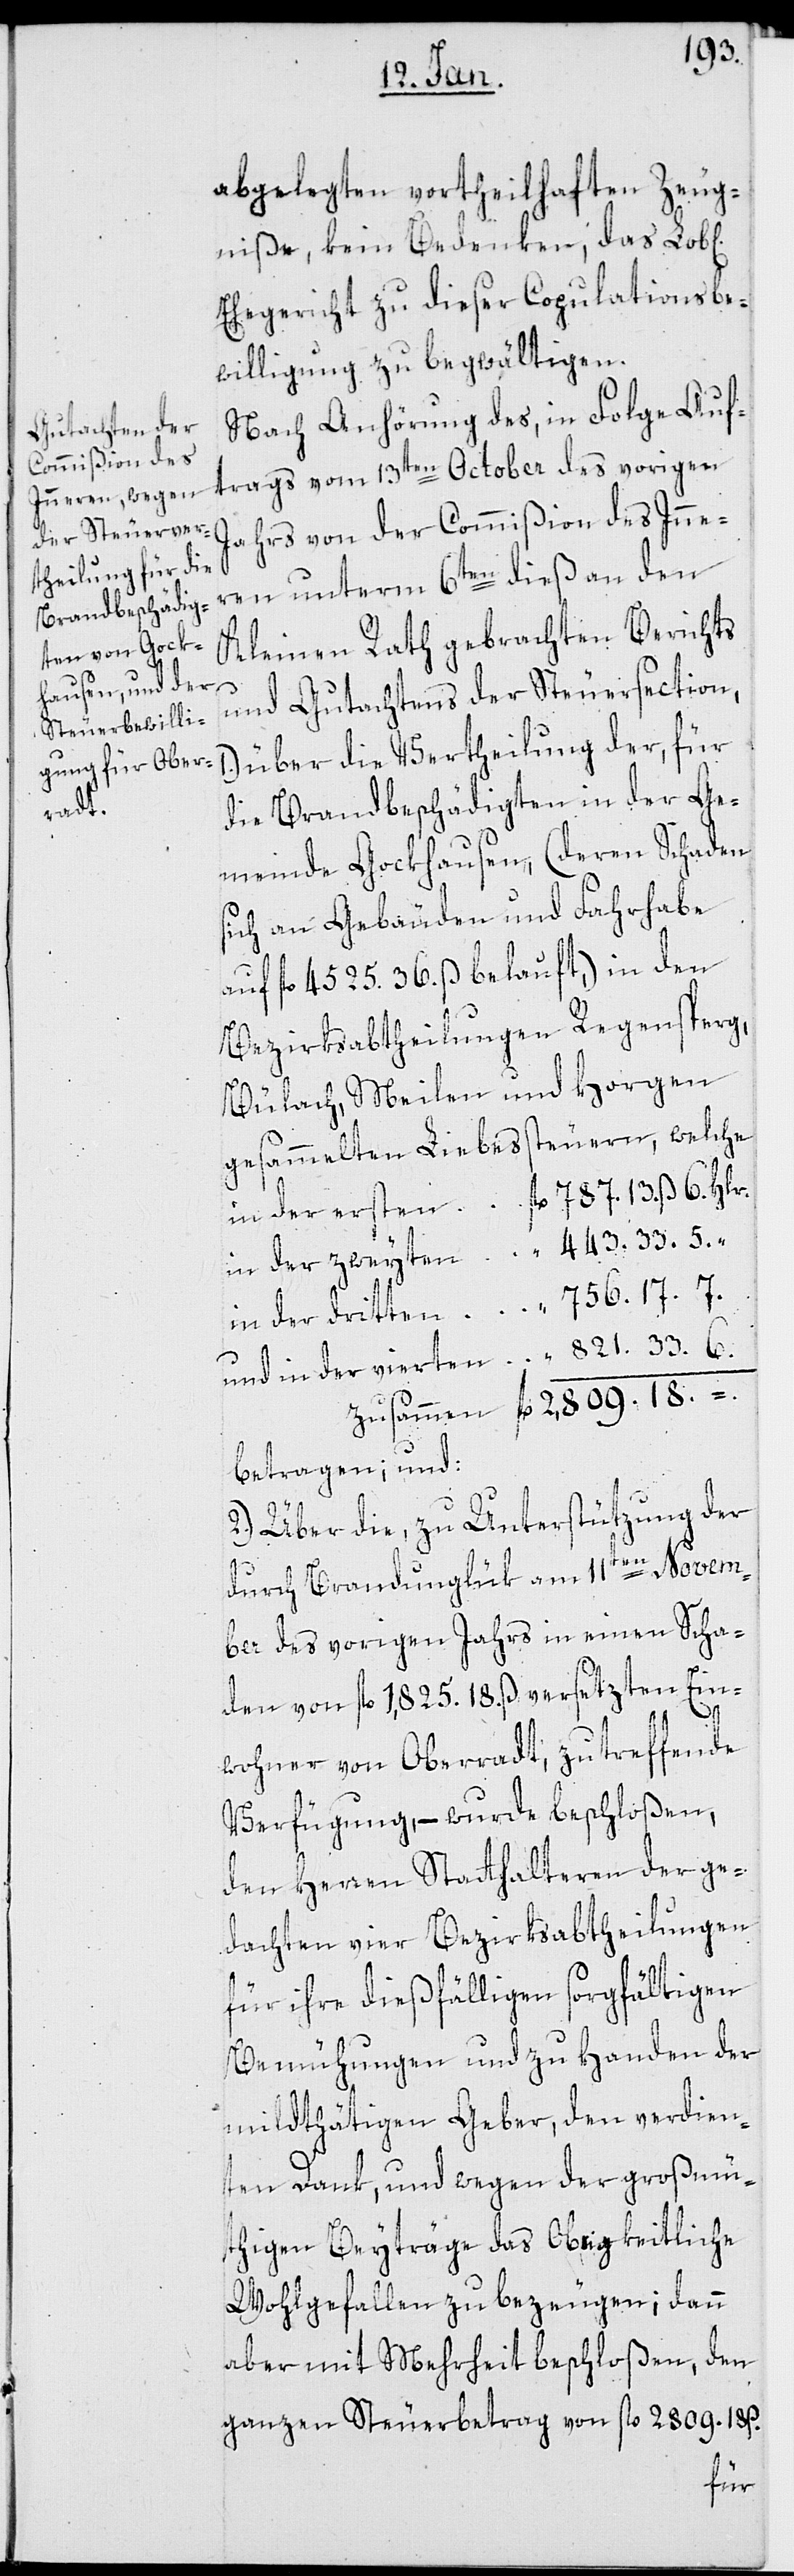
iche]

abgelegten vortheilhaften Zeug¬
niße, kein Bedenken, das Lob[l¬
Ehegericht zu dieser Copulationsbe¬
willigung zu begwältigen.
Nach Anhörung des in Folge Auf¬
trags vom 13ten October des vorigen
Jahrs von der Commißion des Inne¬
ren unterm 6ten dieß an den
Kleinen Rath gebrachten Berichts
und Gutachtens der Steuersection,
über die Vertheilung der, für
die Brandbeschädigten in der Ge¬
meinde Gockhausen, (deren Schaden
sich an Gebäuden und Fahrhabe
auf fl. 4525. 36. ß belauft) in den
Bezirksabtheilungen Regensperg,
Bülach, Meilen und Horgen
gesammelten Liebessteuern, welche
betragen, und:
2.) über die, zu Unterstützung der
durch Brandunglük am 11ten Novem¬
ber des vorigen Jahrs in einen Scha¬
den von fl. 1825. 18. ß versetzten Ein¬
18.
wohner von Oberradt, zu treffende
Verfügung, – wurde beschloßen,
den Herren Statthalteren der ge¬
dachten vier Bezirksabtheilungen
für ihre dießfälligen sorgfältigen
Bemühungen und zu Handen der
mildthätigen Geber, den verdien¬
ten Dank, und wegen der großmü¬
thigen Beyträge das Obrigkeitliche
Wohlgefallen zu bezeugen; dann
aber mit Mehrheit beschloßen, den
ganzen Steuerbetrag von fl. 2809. 18 ß.